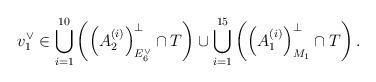
LaTeX: \begin{align*}v_1^\vee \in \bigcup_{i = 1}^{10}\left( \left(A_2^{(i)}\right)^\perp_{E_6^\vee} \cap T\right)\cup \bigcup_{i = 1}^{15}\left( \left(A_1^{(i)}\right)^\perp_{M_1}\cap T \right).\end{align*}